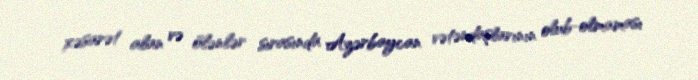
xəsarət alan və ölənlər sırasında Azərbaycan vətəndaşlarının olub-olmaması